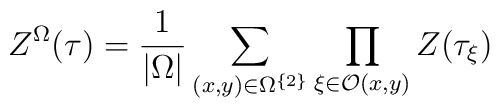
Z^{\Omega }(\tau )=\frac{1}{|\Omega |}\sum _{(x,y)\in \Omega ^{\left\{ 2\right\} }}\prod _{\xi \in \mathcal{O}(x,y)}Z(\tau _{\xi })